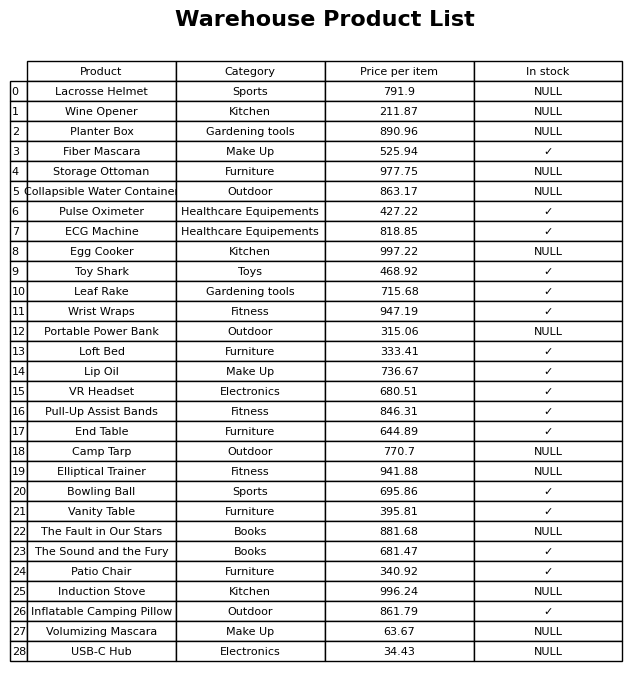
question: What is the price of the The Fault in Our Stars?
answer: The price of The Fault in Our Stars is 881.68.